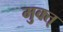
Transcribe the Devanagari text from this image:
मुक्त्